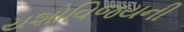
યશોવિજયની